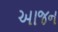
આજન